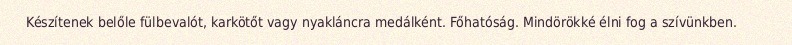
Készítenek belőle fülbevalót, karkötőt vagy nyakláncra medálként. Főhatóság. Mindörökké élni fog a szívünkben.